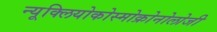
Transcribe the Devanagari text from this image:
न्यूक्लियोकोस्मोक्रोनोलोजी